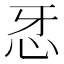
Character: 𢗬